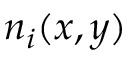
n _ { i } ( x , y )